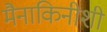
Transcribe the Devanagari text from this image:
मैनाकिनीशी